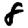
Digit: 8